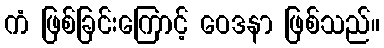
ကံ ဖြစ်ခြင်းကြောင့် ဝေဒနာ ဖြစ်သည်။